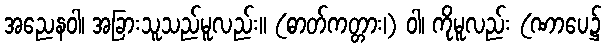
အညေနဝါ၊ အခြားသူသည်မူလည်း။ (ဓာတ်ကတ္တား၊) ဝါ၊ ကိုမူလည်း (ဏာပေ၌